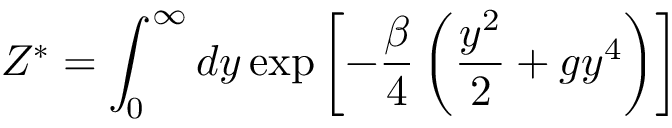
Z ^ { * } = \int _ { 0 } ^ { \infty } d y \exp \left[ - \frac { \beta } { 4 } \left( \frac { y ^ { 2 } } { 2 } + g y ^ { 4 } \right) \right]